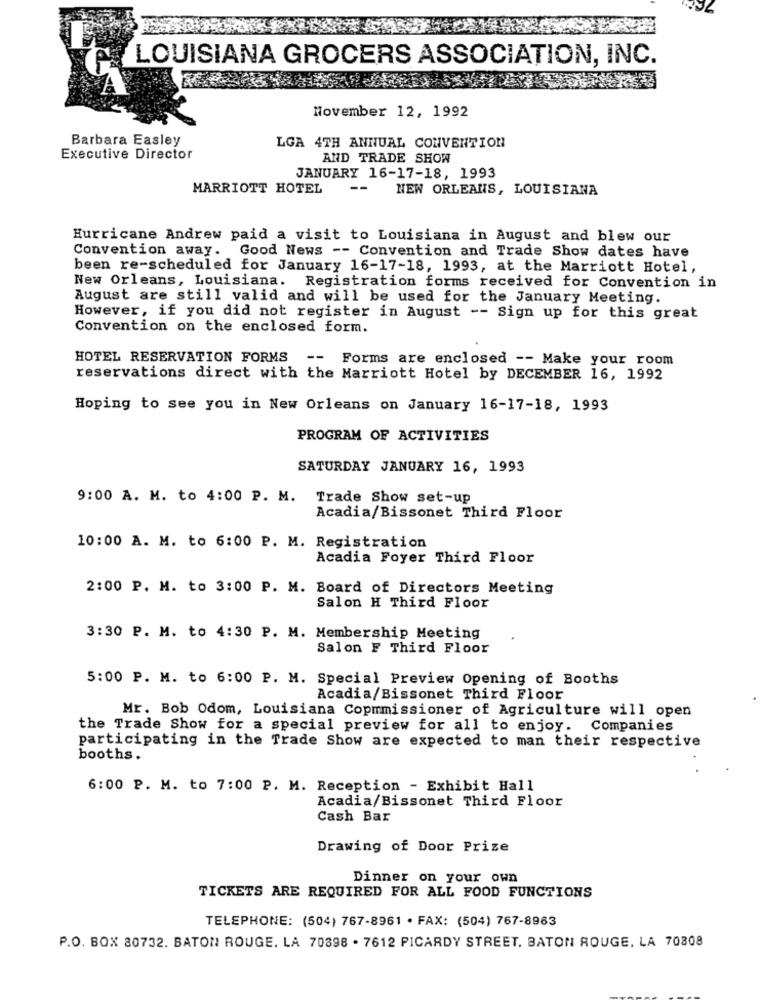
LOUISIANA GROCERS ASSOCIATION, INC.
November 12, 1992
Barbara Easley
LGA 4TH ANNUAL CONVENTION
Executive Director
AND TRADE SHOW
JANUARY 16-17-18, 1993
MARRIOTT HOTEL
--
NEW ORLEANS, LOUISIANA
Hurricane Andrew paid a visit to Louisiana in August and blew our
Convention away. Good News -- Convention and Trade Show dates have
been re-scheduled for January 16-17-18, 1993, at the Marriott Hotel,
New Orleans, Louisiana. Registration forms received for Convention in
August are still valid and will be used for the January Meeting.
However, if you did not register in August -- Sign up for this great
Convention on the enclosed form.
HOTEL RESERVATION FORMS -- Forms are enclosed -- Make your room
reservations direct with the Marriott Hotel by DECEMBER 16, 1992
Hoping to see you in New Orleans on January 16-17-18, 1993
PROGRAM OF ACTIVITIES
SATURDAY JANUARY 16, 1993
9:00 A. M. to 4:00 P. M.
Trade Show set-up
Acadia/Bissonet Third Floor
10:00 A. M. to 6:00 P. M. Registration
Acadia Foyer Third Floor
2:00 P. M. to 3:00 P. M. Board of Directors Meeting
Salon H Third Floor
3:30 P. M. to 4:30 P. M. Membership Meeting
Salon F Third Floor
5:00 P. M. to 6:00 P. M. Special Preview Opening of Booths
Acadia/Bissonet Third Floor
Mr. Bob Odom, Louisiana Copmmissioner of Agriculture will open
the Trade Show for a special preview for all to enjoy. Companies
participating in the Trade Show are expected to man their respective
booths.
6:00 P. M. to 7:00 P. M. Reception - Exhibit Hall
Acadia/Bissonet Third Floor
Cash Bar
Drawing of Door Prize
Dinner on your own
TICKETS ARE REQUIRED FOR ALL FOOD FUNCTIONS
TELEPHONE: (504) 767-8961 · FAX: (504) 767-8983
P.O. BOX 80732. BATON ROUGE. LA 70898 . 7612 PICARDY STREET. BATON ROUGE, LA 70808